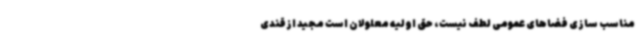
مناسب سازی فضاهای عمومی لطف نیست، حق اولیه معلولان است مجید ازقندی